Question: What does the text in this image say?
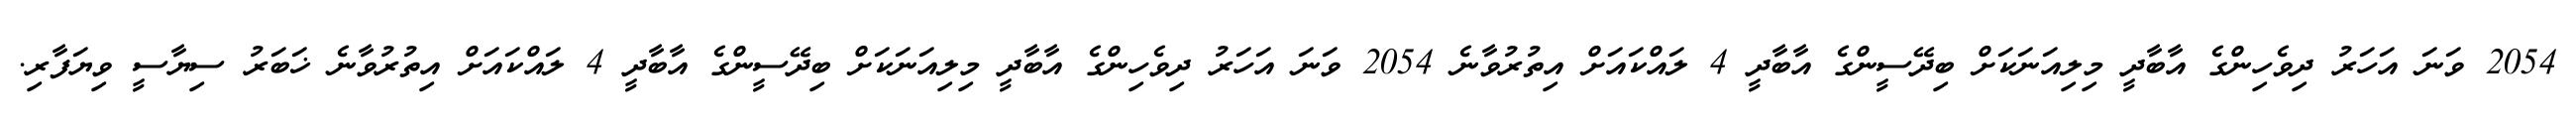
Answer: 2054 ވަނަ އަހަރު ދިވެހިންގެ އާބާދީ މިލިއަނަކަށް ބިދޭސީންގެ އާބާދީ 4 ލައްކައަށް އިތުރުވާނެ 2054 ވަނަ އަހަރު ދިވެހިންގެ އާބާދީ މިލިއަނަކަށް ބިދޭސީންގެ އާބާދީ 4 ލައްކައަށް އިތުރުވާނެ ޚަބަރު ސިޔާސީ ވިޔަފާރި.